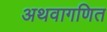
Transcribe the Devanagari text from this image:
अथवागणित